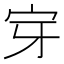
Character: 𭓟